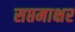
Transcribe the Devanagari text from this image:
सप्तमाक्षर